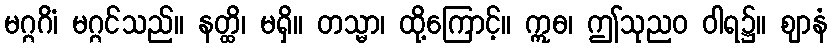
မဂ္ဂဂိံ၊ မဂ္ဂင်သည်။ နတ္ထိ၊ မရှိ။ တသ္မာ၊ ထို့ကြောင့်။ ဣဓ၊ ဤသုညဝ ဝါရ၌။ ဈာနံ